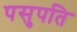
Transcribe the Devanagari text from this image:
पसुपति